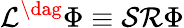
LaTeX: \mathcal{L}^{\dag}\Phi\equiv\mathcal{S}\mathcal{R}\Phi